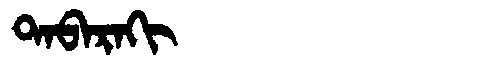
Manchu: ᡨᠠᠪᠠᡵᠠᡴᡳ
Romanization: TABARAKI